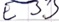
Text: E 33